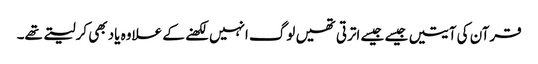
قرآن کی آیتیں جیسے جیسے اترتی تھیں لوگ انہیں لکھنے کے علاوہ یاد بھی کرلیتے تھے۔